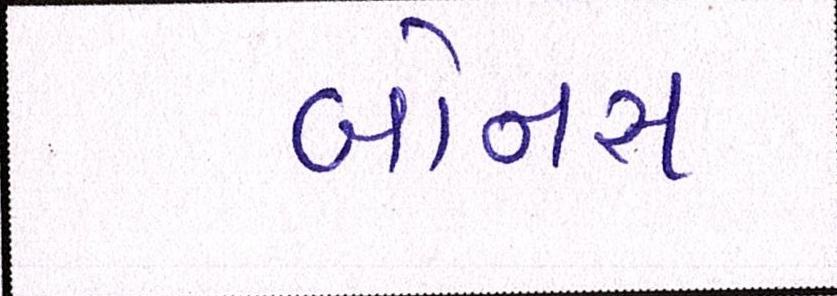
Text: બોનસ